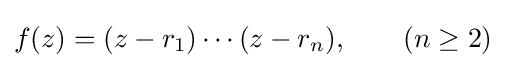
f(z)=(z-r_{1})\cdots (z-r_{n}),\qquad (n\geq 2)